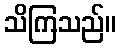
သိကြသည်။